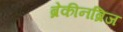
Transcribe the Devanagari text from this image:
ब्रेकीनब्रिज